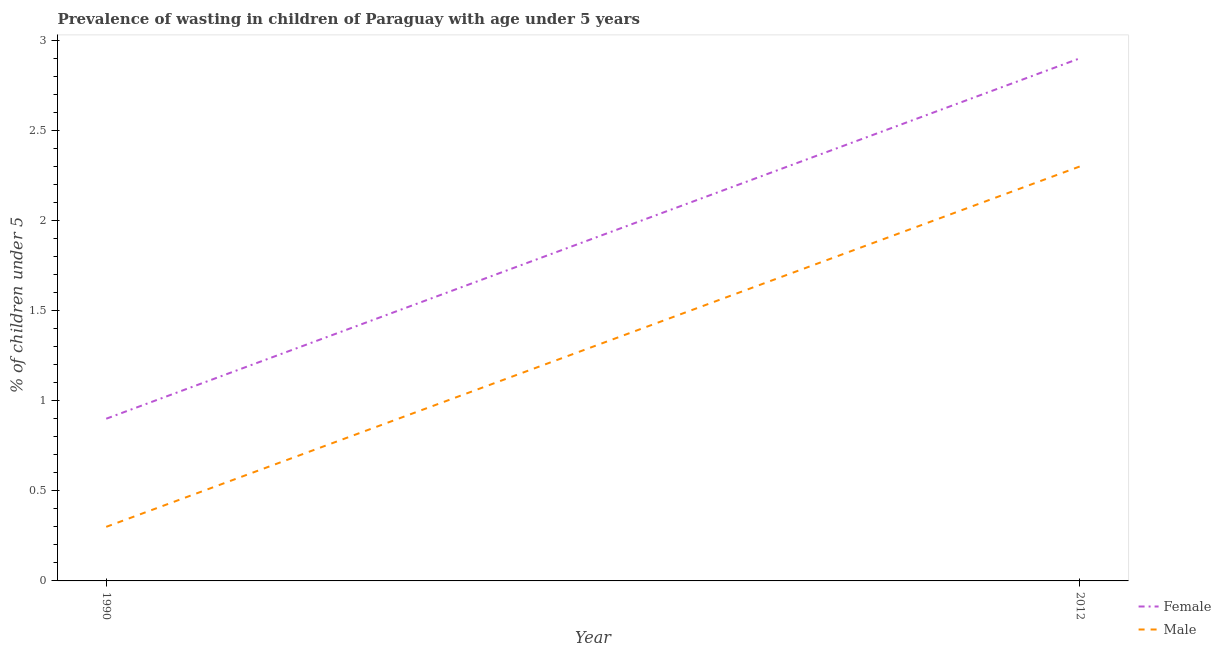
| Year | Female | Male |
 | --- | --- | --- |
 | 1990 | 0.9 | 0.3 |
 | 2012 | 2.9 | 2.3 |